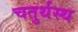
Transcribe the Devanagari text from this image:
चतुर्थस्थ